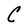
Character: C